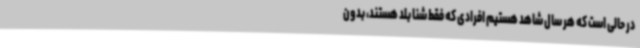
در حالی است که هر سال شاهد هستیم افرادی که فقط شنا بلد هستند، بدون